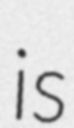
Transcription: is